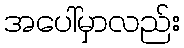
အပေါ်မှာလည်း